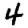
Digit: 4